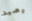
رصيد